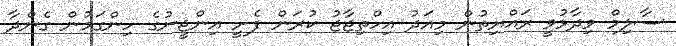
ސާލިމް ވިދާޅުވީ ރައްޔިތުން މިއަދު އިހްތިޖާޖު ކުރަން ފެށީ އިންޖީނުގެ ހިންގަމުން ގެންދާ